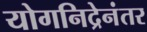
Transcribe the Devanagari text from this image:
योगनिद्रेनंतर